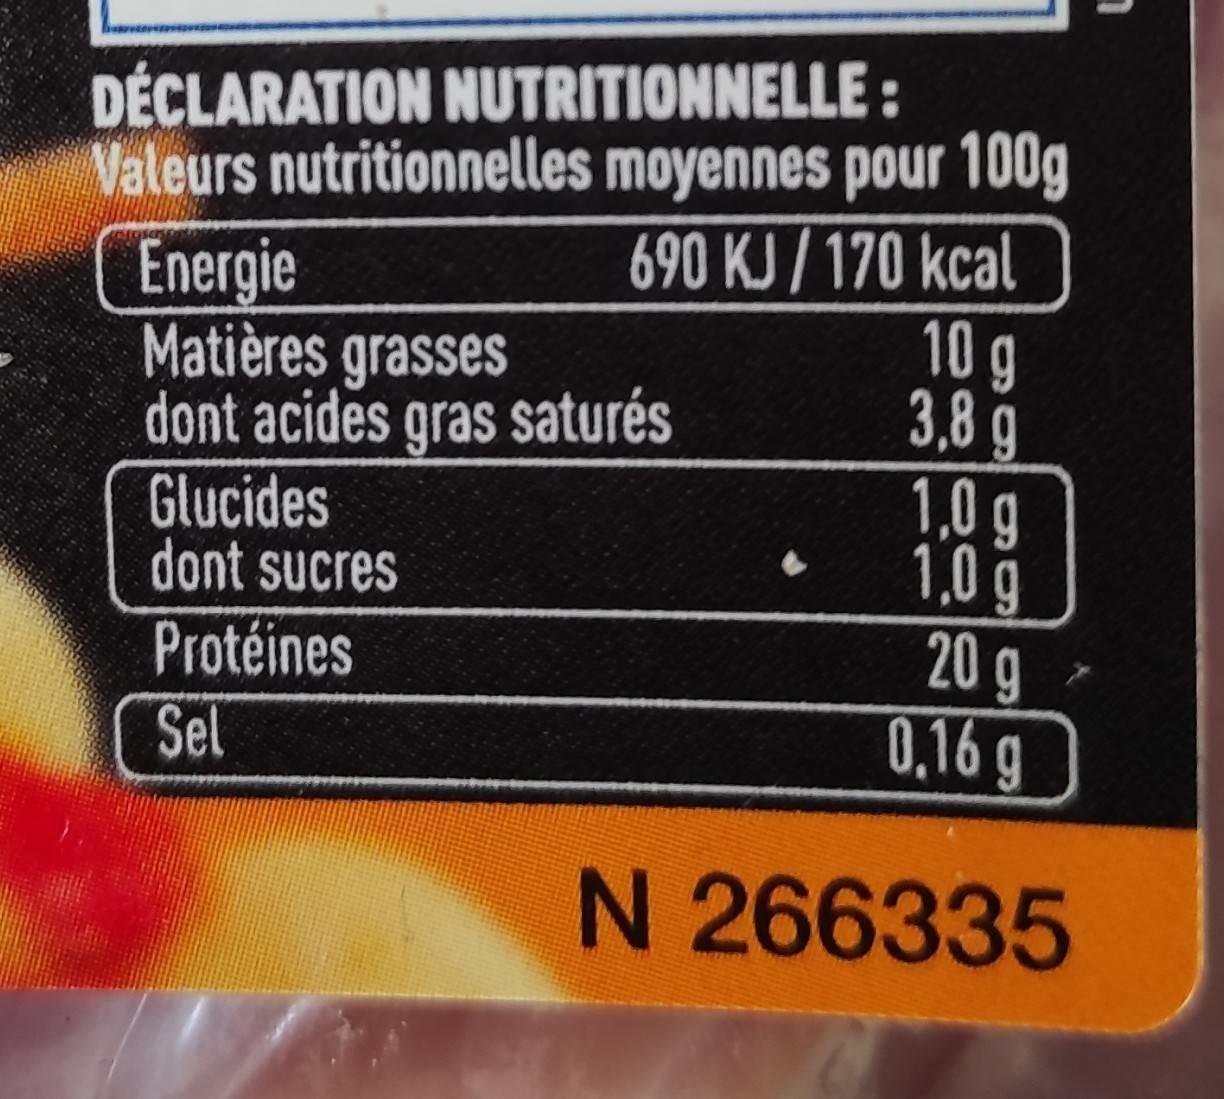
DÉCLARATION NUTRITIONNELLE : Valeurs nutritionnelles moyennes pour 100g 690 KJ/170 kcal 10 g 3,8 g 1,0g 1,0g 20g 0,16 g
Energie Matières grasses dont acides gras saturés Glucides dont sucres
Protéines
Sel
N 266335